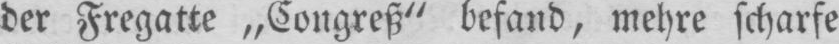
der Fregatte „Congreß“ befand, mehre scharfe